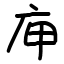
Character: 庘